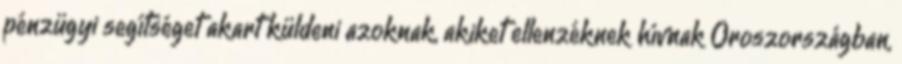
pénzügyi segítséget akart küldeni azoknak, akiket ellenzéknek hívnak Oroszországban,